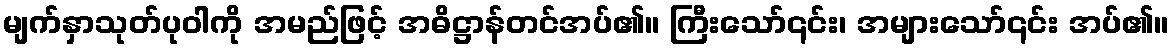
မျက်နှာသုတ်ပုဝါကို အမည်ဖြင့် အဓိဋ္ဌာန်တင်အပ်၏။ ကြီးသော်၎င်း၊ အများသော်၎င်း အပ်၏။